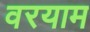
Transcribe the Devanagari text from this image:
वरयाम